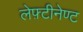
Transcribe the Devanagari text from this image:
लेफ़्टीनेण्ट